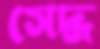
সেদ্ধ